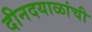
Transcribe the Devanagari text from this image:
दीनदयाळांची